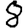
Digit: 8